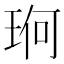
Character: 𮴛